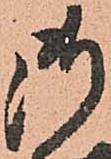
御